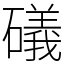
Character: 礒